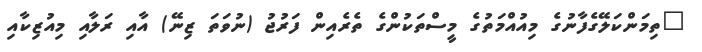
"ތިމަންކަލޭގެފާނުގެ މިއުއްމަތުގެ މީސްތަކުންގެ ތެރެއިން ފަރުޖު (ނުވަތަ ޒިނޭ) އާއި ރަލާއި މިއުޒިކާއި